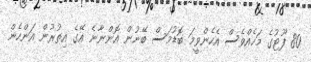
80 ފޫޓުގެ މަހެއްވެސް އެހެންވީމަ ބޮޑުމަސް ބޭނުން އޮންނާނެ އޭގެ އިތުރުން އަންހެން